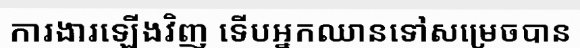
ការងារឡើងវិញ ទើបអ្នកឈានទៅសម្រេចបាន